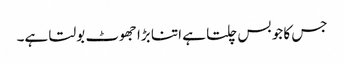
جس کا جو بس چلتا ہے اتنا بڑا جھوٹ بولتا ہے۔